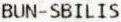
BUN-SBILIS